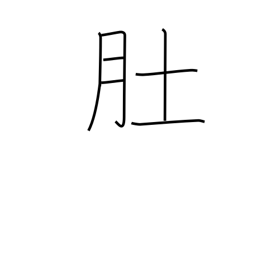
Meaning: stomach